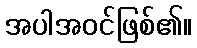
အပါအဝင်ဖြစ်၏။